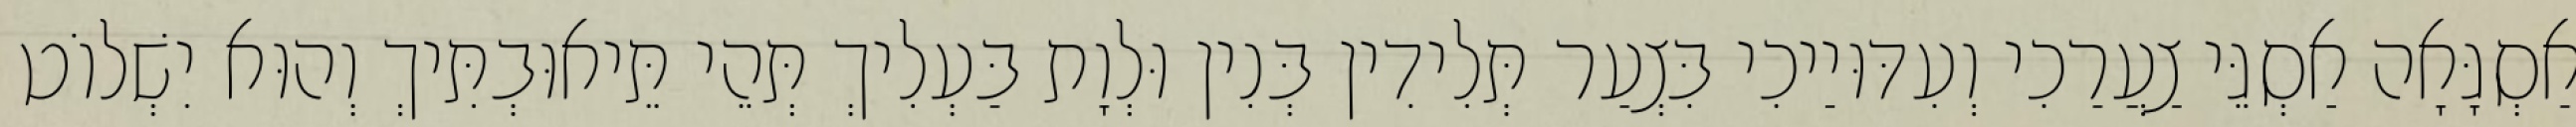
אַסְגָּאָה אַסְגֵּי צַעֲרַכִי וְעִדּוּיַיכִי בִּצְעַר תְּלִידִין בְּנִין וּלְוָת בַּעְלִיךְ תְּהֵי תֵּיאוּבְתִּיךְ וְהוּא יִשְׁלוֹט